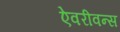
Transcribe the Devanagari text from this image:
ऐवरीवन्स